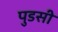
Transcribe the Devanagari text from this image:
पुडसी